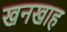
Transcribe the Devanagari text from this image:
खनखाह